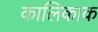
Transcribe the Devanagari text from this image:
कालिकाक